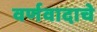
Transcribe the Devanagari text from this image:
वर्णवादाचे